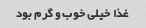
غذا خیلی خوب و گرم بود